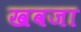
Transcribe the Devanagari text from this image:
खवजा